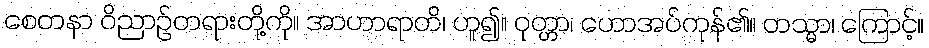
စေတနာ ဝိညာဉ်တရားတို့ကို။ အာဟာရာတိ၊ ဟူ၍။ ဝုတ္တာ၊ ဟောအပ်ကုန်၏။ တသ္မာ၊ ကြောင့်။